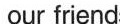
our friends.